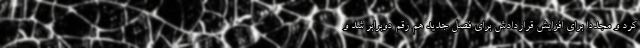
کرد و مجددا برای افزایش قراردادش برای فصل جدید هم رقم دوبرابر شد و